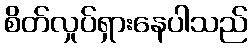
စိတ်လှုပ်ရှားနေပါသည်